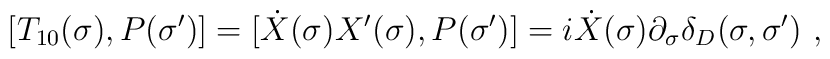
[T_{10}(\sigma),P(\sigma')]=[\dot{X}(\sigma)X'(\sigma),P(\sigma')]=i\dot{X}(\sigma)\partial_{\sigma}\delta_D(\sigma,\sigma')\ ,